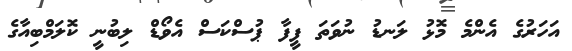
އަހަރުގެ އެންމެ މޮޅު ލަނޑު ނުވަަތަ ފީފާ ޕުސްކަސް އެވޯޑް ލިބުނީ ކޮލަމްބިއާގެ